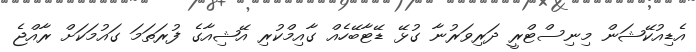
އެޑިއުކޭޝަން މިނިސްޓްރީ ދަރިވަރުނާ ގުޅޭ ޑޭޓާބޭހެއް ގާއިމްކުރި އޭޝިއާގެ ފުރަތަމަ ގައުމަކަށް ރާއްޖެ